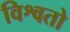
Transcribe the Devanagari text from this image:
विश्वतो